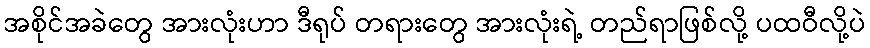
အစိုင်အခဲတွေ အားလုံးဟာ ဒီရုပ် တရားတွေ အားလုံးရဲ့ တည်ရာဖြစ်လို့ ပထဝီလို့ပဲ